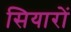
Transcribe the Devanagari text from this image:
सियारों